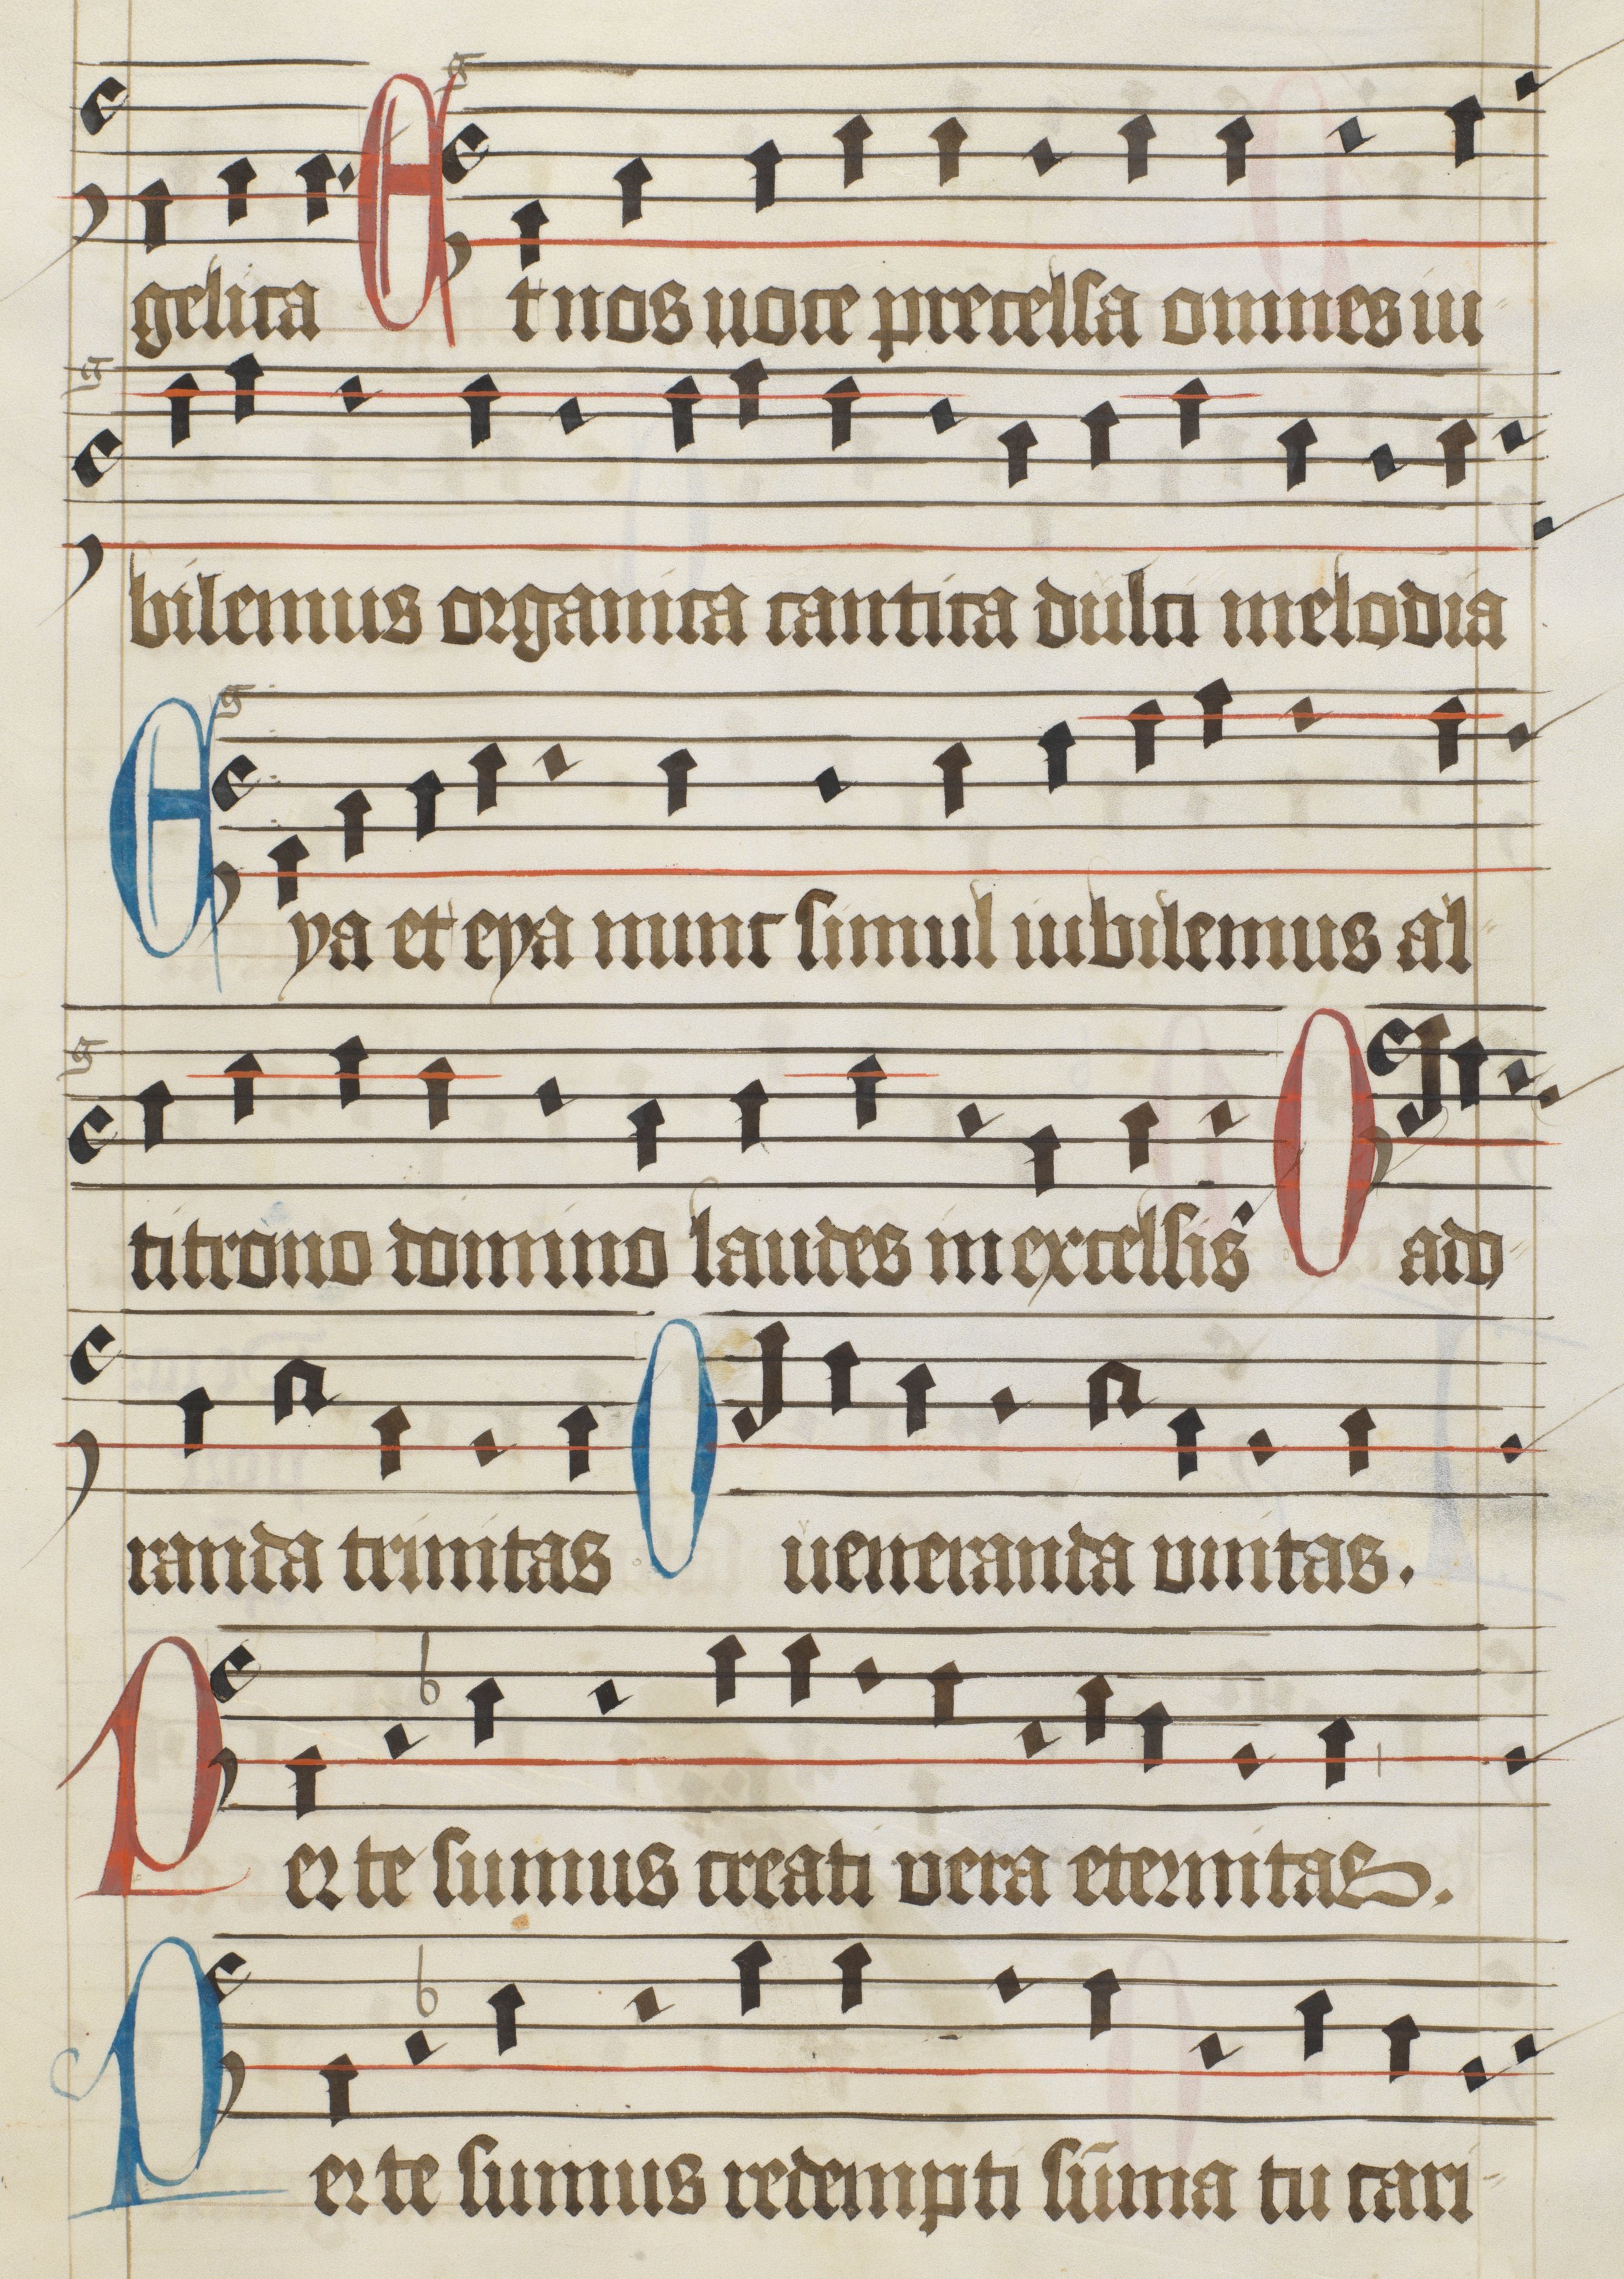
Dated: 1475–1499